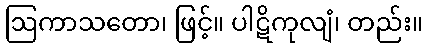
ဩကာသတော၊ ဖြင့်။ ပါဋိကုလျံ၊ တည်း။